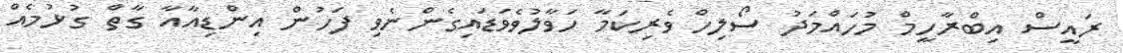
ރައީސް އިބްރާހީމް މުހައްމަދު ސޯލިހް ވެރިކަމާ ހަވާލުވެވަޑައިގެންނެވި ފަހުން އިންޑިއާއާ ގާތް ގުޅުމެއް